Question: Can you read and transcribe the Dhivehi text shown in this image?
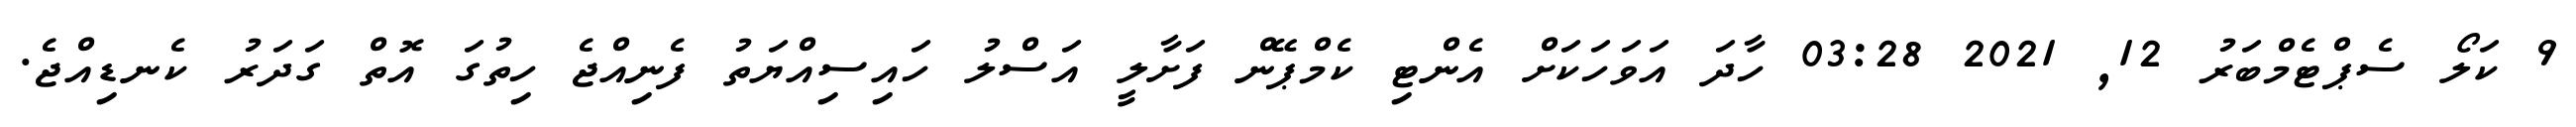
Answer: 9 ކަލޯ ސެޕްޓެމްބަރު 12, 2021 03:28 ހާދަ އަވަހަކަށް އެންޓި ކެމްޕޭން ފަށާލީ އަސްލު ހައިސިއްޔަތު ފެނިއްޖެ ހިތުގަ އޮތް ގަދަރު ކެނޑިއްޖެ.